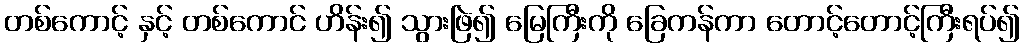
တစ်ကောင့် နှင့် တစ်ကောင် ဟိန်း၍ သွားဖြဲ၍ မြေကြီးကို ခြေကန်ကာ တောင့်တောင့်ကြီးရပ်၍